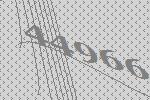
44966